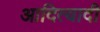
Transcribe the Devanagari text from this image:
आदित्यादी